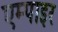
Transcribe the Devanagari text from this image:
एम्पाइर